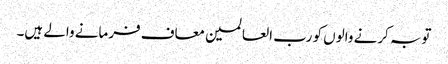
توبہ کرنے والوں کو رب العالمین معاف فرمانے والے ہیں۔